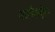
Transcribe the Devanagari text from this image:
आर्मस्‍ट्रांग